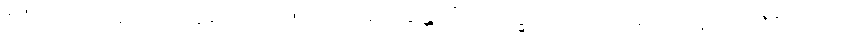
ဧဝံ ပသံသာဟေတုဘူတေ ဂုဏေ ပကာသေန္တော “ဥပေက္ခကော သတိမာ သုခဝိဟာရီ”တိ ဧဝံ